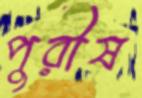
পুরীষ